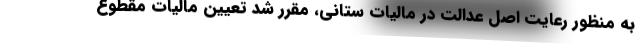
به منظور رعایت اصل عدالت در مالیات ستانی، مقرر شد تعیین مالیات مقطوع